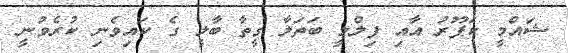
ޝައްމީ ކަޕޫރު އާއި ފިލްމީ ބަތަލާ ގީތާ ބާލީ ގެ ކައިވެނި ކުރެވުނީ